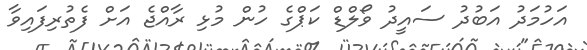
އަހުމަދު އަބުދު ސައީދު ވޯލްޑް ކަޕްގެ ހުން މުޅި ރާއްޖެ އަށް ފެތުރިފައިވާ